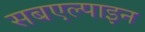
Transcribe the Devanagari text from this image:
सबएल्पाइन